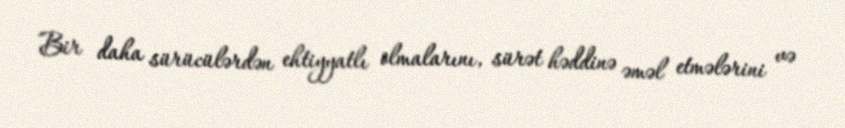
Bir daha sürücülərdən ehtiyyatlı olmalarını, sürət həddinə əməl etmələrini və